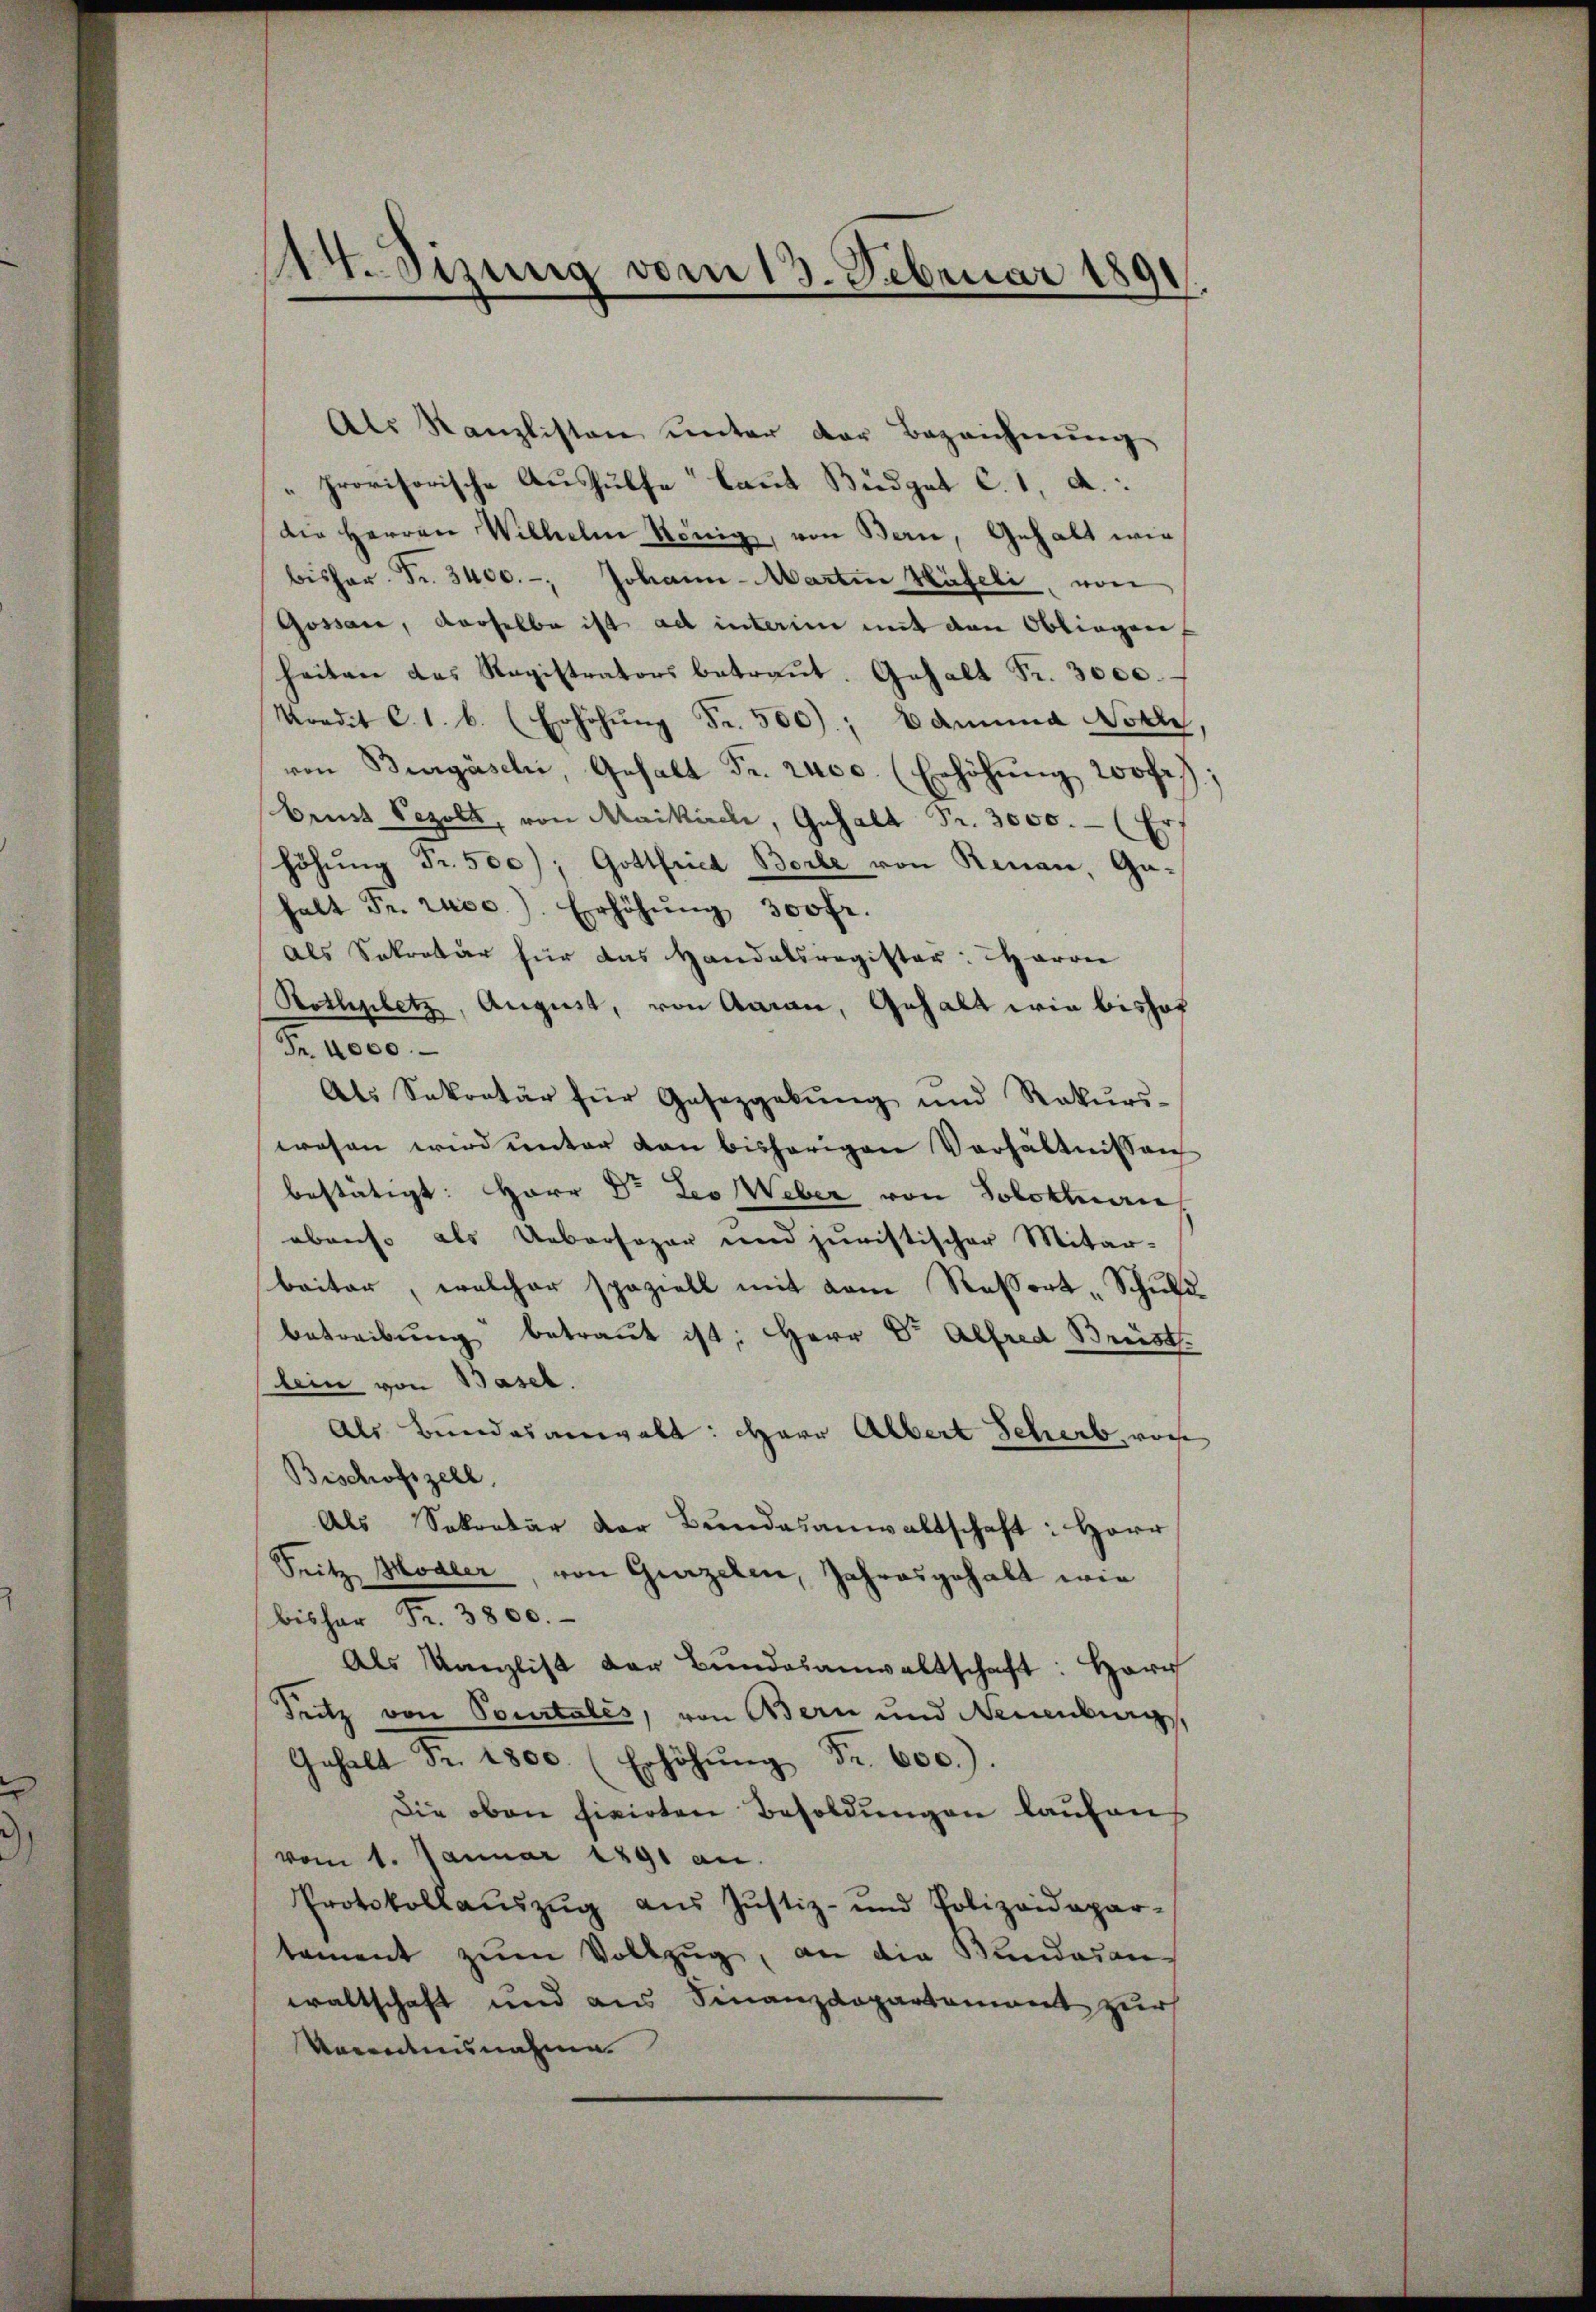
s
eit. Sizung vom 13. Februar 1891

Als Kanzlisten unter der Bezeichnung
provisorische Aushülfe laut Budget C. 1, d:
die Herren Wilhelm König, von Bern, Gehalt wie
bisher. Fr. 3400.-, Johann-Martin Häfeli, von
Gossar, derselbe ist ad interim mit den Obliegen
heiten das Registrators betraut. Gehalt Fr. 3000.
Kredit C. 1. b. (Erhöhŭng Fr. 500); Edmund Noth
von Burgäschi, Gehalt Fr. rucc. (Erhöhŭng wohl,
Brust Pezolt, von Maikirche, Gehalt Fr. 3000.- (Erf
höhung Fr. 500); Gottfried Borle von Renau, Ga-
halt Fr. rucc.). Erhöhŭng 300 fr.
als Sekretär für das Handelsregister: Haron
Rothplatz, August, von Aarau, Gehalt wie bishof
Pr. Rece
Als Sekretär für Gaseggebŭng und Rekŭrs-
wesen wird unter den bisherigen Verhältnissen
bestätigt: Herr Dr. Leo Weber von Solothane
abenso als Uebersogar und juristischer Mitar-
beiter, welcher speziell mit dem Roßort „Schuldbetreibŭng betraut ist Herr Dr. Alfred Brüst
lein von Basel.
als Bundesanwalt: Herr Albert Scheib, von
Bischofszell.
Als Sekretär der Bundesanwaltschaft: Herr
Seitz Hodler, von Gurzelen, Jahresgehabt wie
bisher Fr. 3800.
Als Kanzlist der Bŭndesanwaltschaft: Herr
Pritz von Pourtales, von Bern und Neuenburg,
Gehalt Fr. 1800. (Erhöhŭng Fr. 600.).
Die oben fixirten Besoldungen laufen
vom 1. Januar 1891 an.
Protokollaŭszŭg aŭs Justiz- und Polizeidepar-
tament zum Vollzug, an die Bundesan
waltschaft und aus Finanzdepartement zur
Venntnisnahme